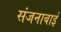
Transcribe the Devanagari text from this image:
संजनाबाई